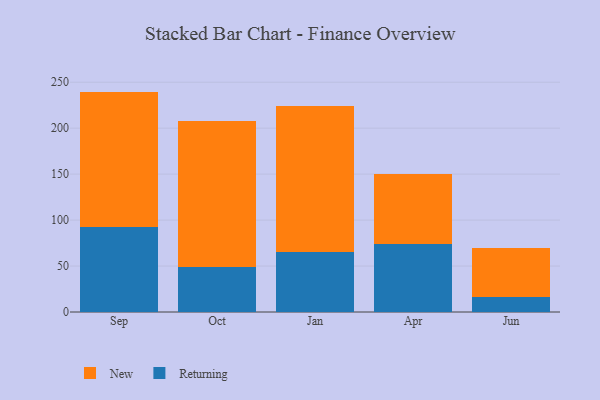
{"axis": {"x": "Month", "y": "Customer Acquisition Cost (USD)"}, "legend": ["New", "Returning"], "data": [{"x": "Sep", "y": 92.0, "type": "Returning"}, {"x": "Sep", "y": 147.8, "type": "New"}, {"x": "Oct", "y": 48.6, "type": "Returning"}, {"x": "Oct", "y": 158.8, "type": "New"}, {"x": "Jan", "y": 64.9, "type": "Returning"}, {"x": "Jan", "y": 159.1, "type": "New"}, {"x": "Apr", "y": 73.8, "type": "Returning"}, {"x": "Apr", "y": 76.1, "type": "New"}, {"x": "Jun", "y": 15.8, "type": "Returning"}, {"x": "Jun", "y": 53.4, "type": "New"}]}